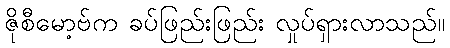
ဇိုစီမော့ဗ်က ခပ်ဖြည်းဖြည်း လှုပ်ရှားလာသည်။